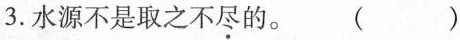
3.水源不是取之不尽的。 ()